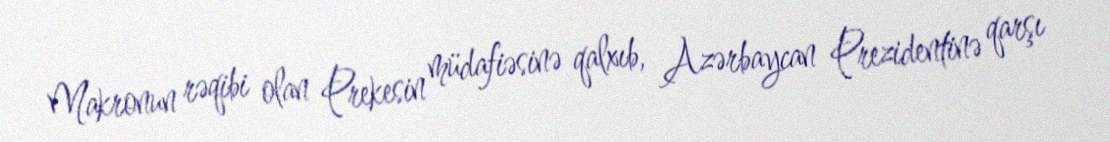
Makronun rəqibi olan Prekesin müdafiəsinə qalxıb, Azərbaycan Prezidentinə qarşı